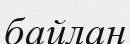
байлан